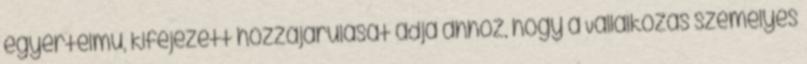
egyértelmű, kifejezett hozzájárulását adja ahhoz, hogy a Vállalkozás személyes